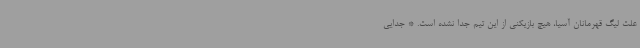
علت لیگ قهرمانان آسیا، هیچ بازیکنی از این تیم جدا نشده است. * جدایی